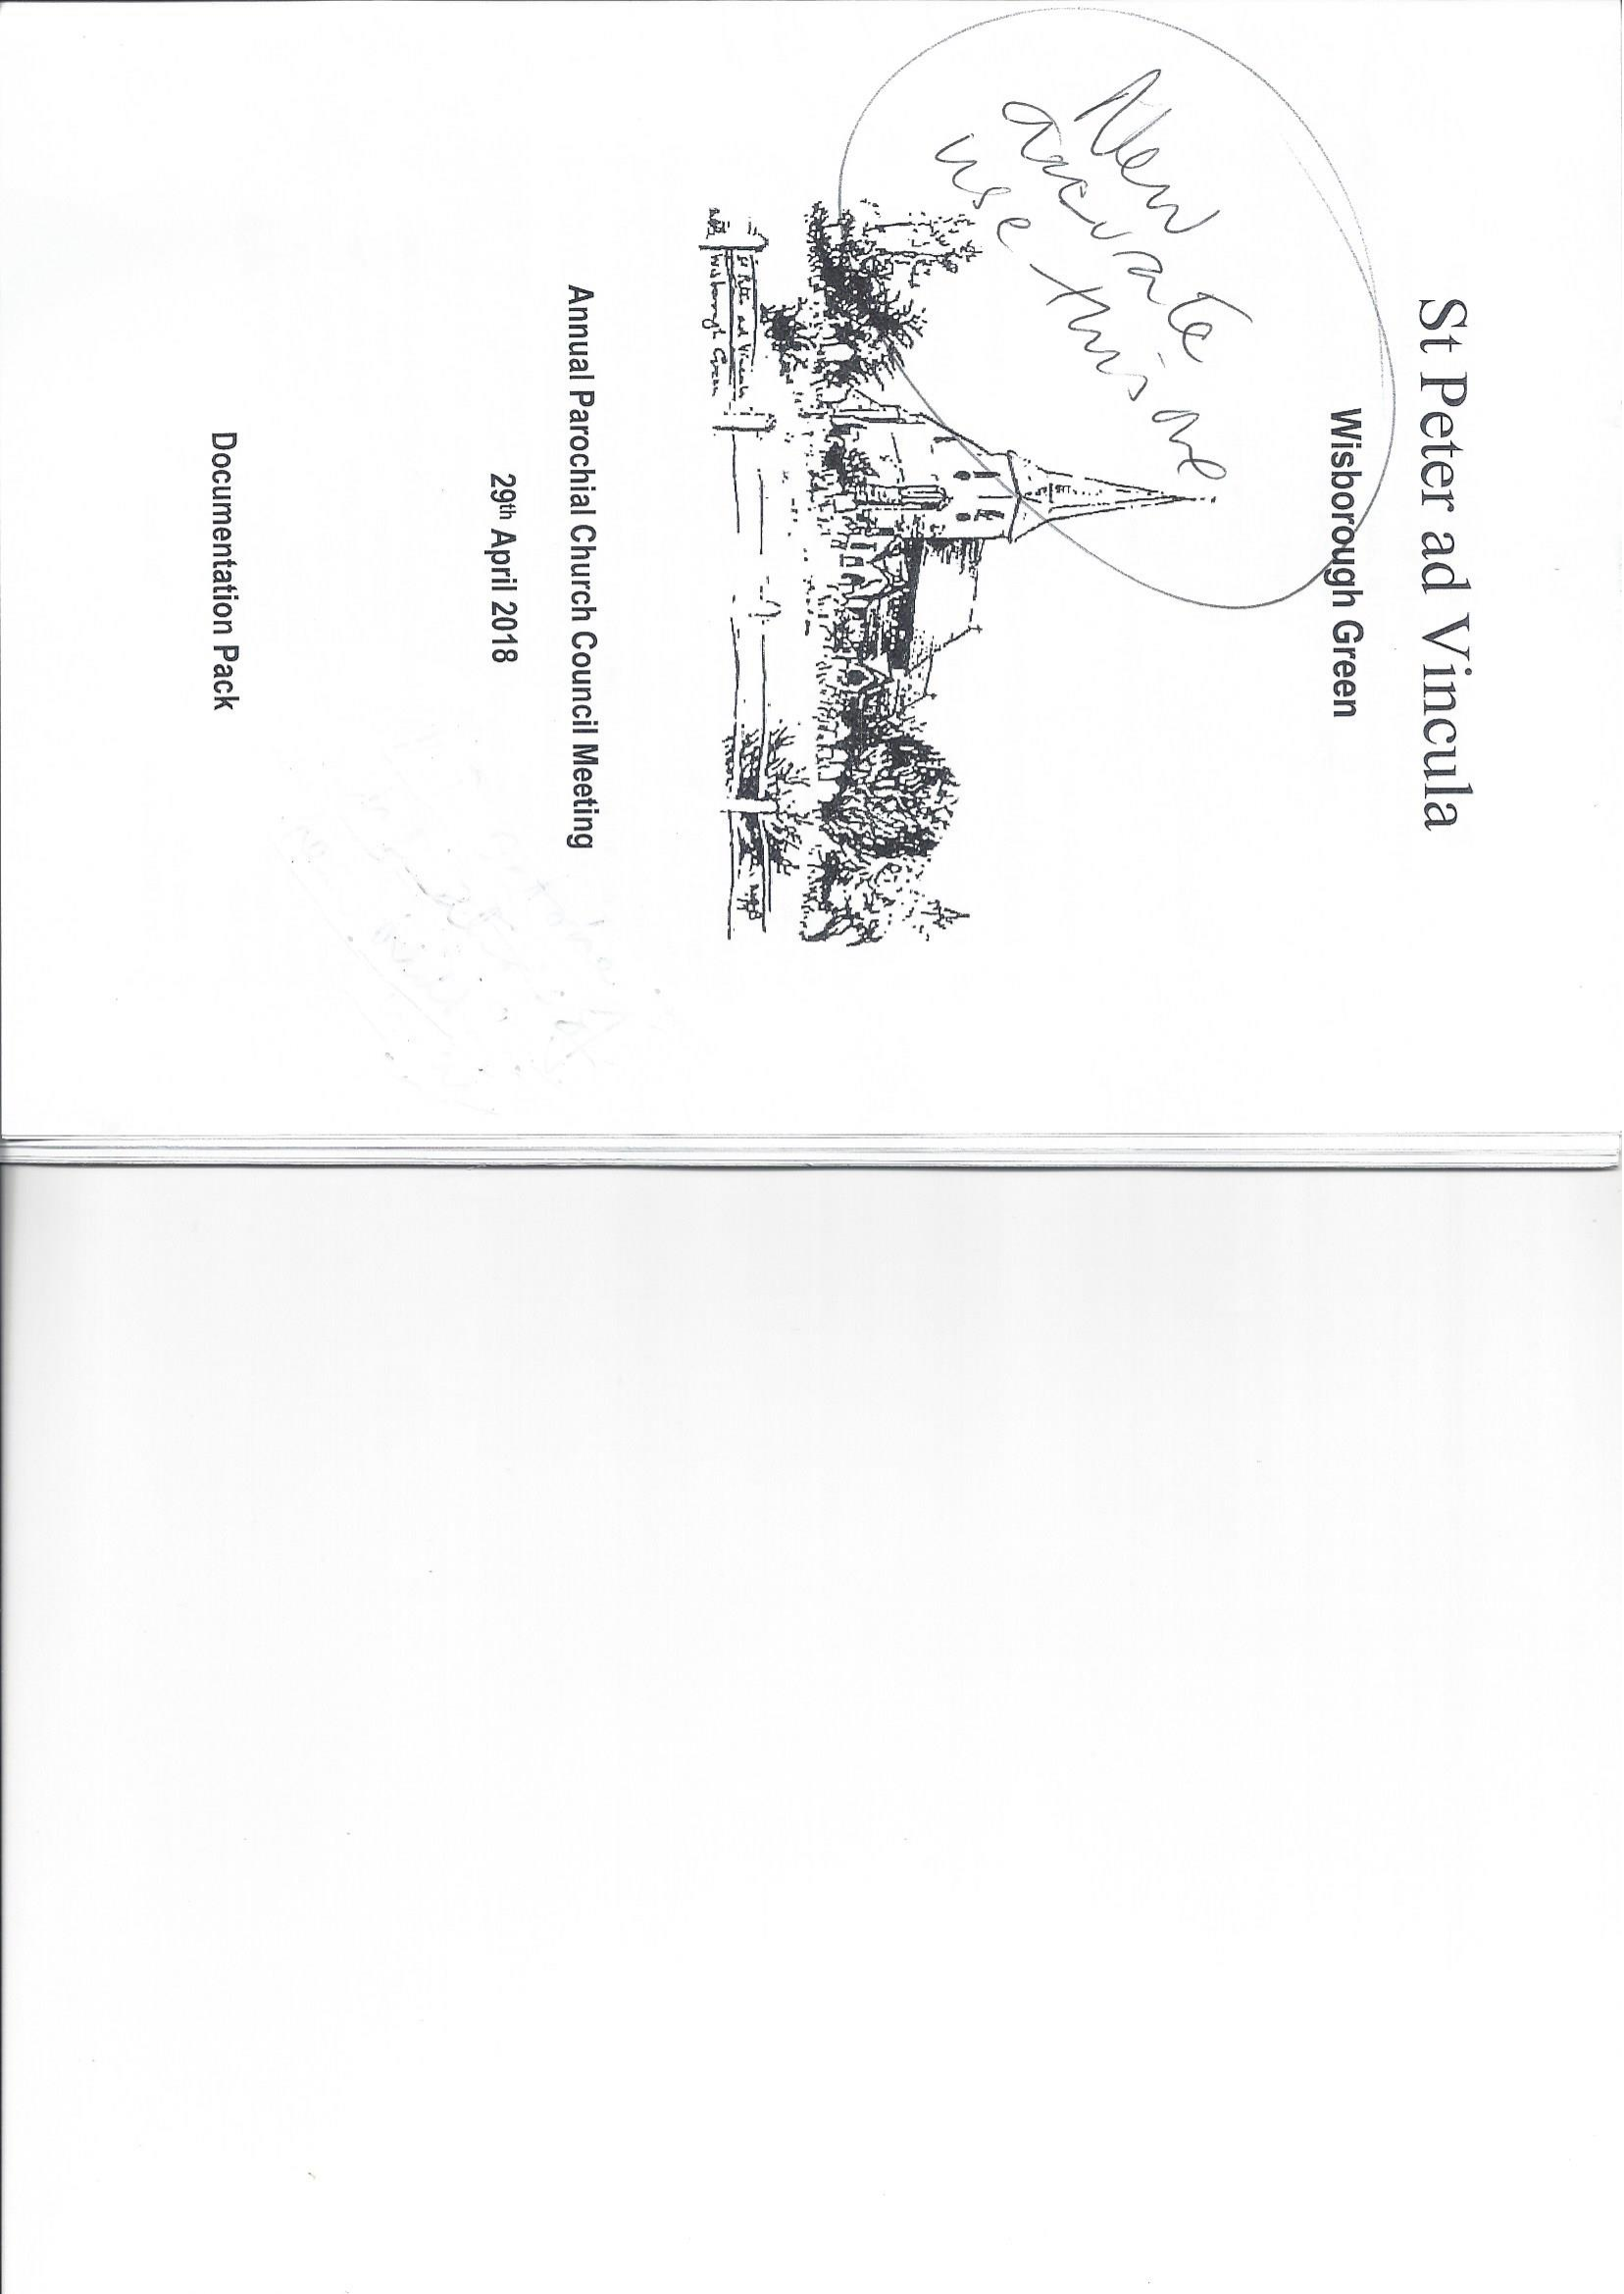
mﬁ
     wﬁow
     ad
     Vincula
     <<_m_oo=
     h
     Green

     Annual
     Parochial
     Church
     Council
     Meeting
     29t
     April
     2018
     Documentation
     Pack